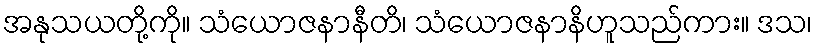
အနုသယတို့ကို။ သံယောဇနာနီတိ၊ သံယောဇနာနိဟူသည်ကား။ ဒသ၊